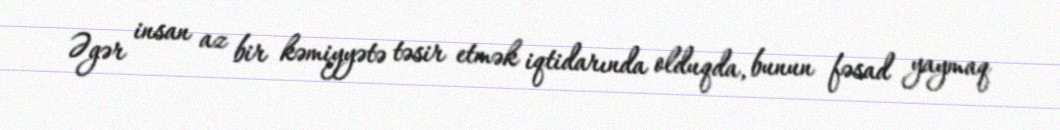
Əgər insan az bir kəmiyyətə təsir etmək iqtidarında olduqda, bunun fəsad yaymaq